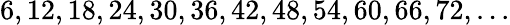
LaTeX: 6,12,18,24,30,36,42,48,54,60,66,72,...